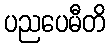
ပညပေမီတိ